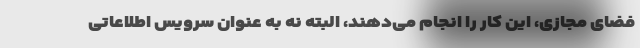
فضای مجازی، این کار را انجام می‌دهند، البته نه به عنوان سرویس اطلاعاتی